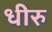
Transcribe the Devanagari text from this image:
धीरु